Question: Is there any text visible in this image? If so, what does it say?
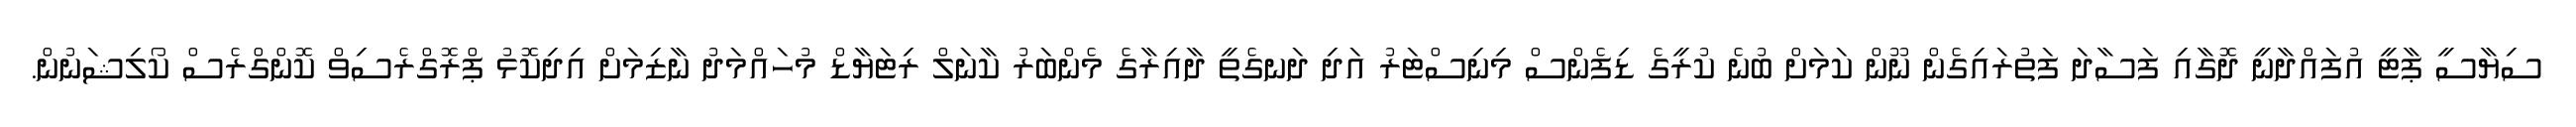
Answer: ސިޔާސީ ޕާޓީ އުފައްދާނީ ދޮގާއި ފަސާދަ ފަތުރައިގެން ނޫން ކަމަށް ބުނެ ކުރީގެ ޑިފެންސް މިނިސްޓަރު އަދި ދަނގެތީ ދާއިރާގެ މެންބަރު ކާނަލް ރިޓަޔާޑް މުހައްމަދު ނާޒިމަށް އިދިކޮޅު ޕްރޮގްރެސިވް ކޮންގްރެސް ކޯލިޝަނުން.